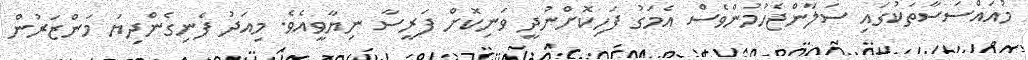
މުއައްސަސާތަކުގައި ސަލާންޖެހުމުންވެސް އެމަގު ފަހިކޮށްނުދީ ވަނިކޮށް ފަރީސާ ނިޔާވީއެވެ. މިއަދު ފެނިގެންދިޔަ މަންޒަރުން